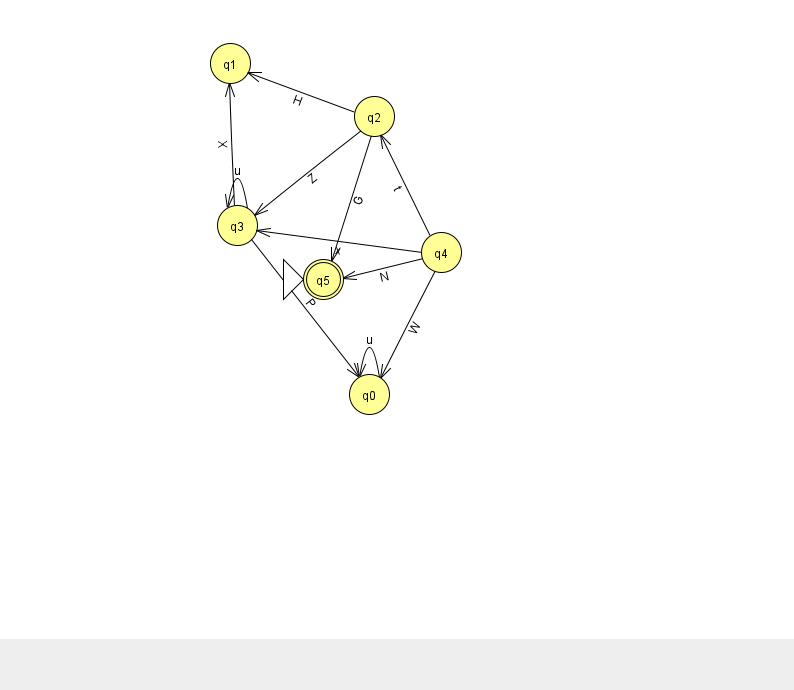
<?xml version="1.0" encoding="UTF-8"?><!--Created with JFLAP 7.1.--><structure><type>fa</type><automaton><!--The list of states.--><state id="0" name="q0"><x>369.0</x><y>381.0</y></state><state id="1" name="q1"><x>230.0</x><y>50.0</y></state><state id="2" name="q2"><x>374.0</x><y>103.0</y></state><state id="3" name="q3"><x>237.0</x><y>212.0</y></state><state id="4" name="q4"><x>441.0</x><y>239.0</y></state><state id="5" name="q5"><x>323.0</x><y>266.0</y><initial/><final/></state><!--The list of transitions.--><transition><from>2</from><to>3</to><read>Z</read></transition><transition><from>3</from><to>1</to><read>X</read></transition><transition><from>4</from><to>2</to><read>t</read></transition><transition><from>2</from><to>5</to><read>G</read></transition><transition><from>0</from><to>0</to><read>u</read></transition><transition><from>3</from><to>3</to><read>u</read></transition><transition><from>4</from><to>0</to><read>W</read></transition><transition><from>4</from><to>3</to><read>x</read></transition><transition><from>4</from><to>5</to><read>N</read></transition><transition><from>2</from><to>1</to><read>H</read></transition><transition><from>3</from><to>0</to><read>P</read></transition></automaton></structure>